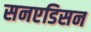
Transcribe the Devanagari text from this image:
सनएडिसन